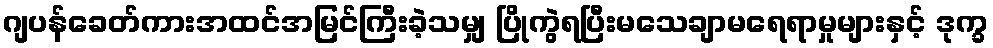
ဂျပန်ခေတ်ကားအထင်အမြင်ကြီးခဲ့သမျှ ပြိုကွဲရပြီးမသေချာမရေရာမှုများနှင့် ဒုက္ခ